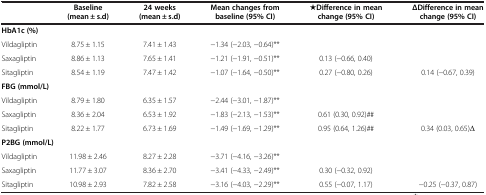
<table><thead><tr><td><b> </b></td><td><b>Baseline (mean ± s.d)</b></td><td><b>24 weeks (mean ± s.d)</b></td><td><b>Mean changes from baseline (95% CI)</b></td><td><b>★Difference in mean change (95% CI)</b></td><td><b>ΔDifference in mean change (95% CI)</b></td></tr></thead><tbody><tr><td colspan="6"><b>HbA1c (%)</b></td></tr><tr><td>Vildagliptin</td><td>8.75 ± 1.15</td><td>7.41 ± 1.43</td><td>-1.34 (-2.03, -0.64)**</td><td> </td><td> </td></tr><tr><td>Saxagliptin</td><td>8.86 ± 1.13</td><td>7.65 ± 1.41</td><td>-1.21 (-1.91, -0.51)**</td><td>0.13 (-0.66, 0.40)</td><td> </td></tr><tr><td>Sitagliptin</td><td>8.54 ± 1.19</td><td>7.47 ± 1.42</td><td>-1.07 (-1.64, -0.50)**</td><td>0.27 (-0.80, 0.26)</td><td>0.14 (-0.67, 0.39)</td></tr><tr><td colspan="6"><b>FBG (mmol/L)</b></td></tr><tr><td>Vildagliptin</td><td>8.79 ± 1.80</td><td>6.35 ± 1.57</td><td>-2.44 (-3.01, -1.87)**</td><td> </td><td> </td></tr><tr><td>Saxagliptin</td><td>8.36 ± 2.04</td><td>6.53 ± 1.92</td><td>-1.83 (-2.13, -1.53)**</td><td>0.61 (0.30, 0.92)##</td><td> </td></tr><tr><td>Sitagliptin</td><td>8.22 ± 1.77</td><td>6.73 ± 1.69</td><td>-1.49 (-1.69, -1.29)**</td><td>0.95 (0.64, 1.26)##</td><td>0.34 (0.03, 0.65)Δ</td></tr><tr><td colspan="6"><b>P2BG (mmol/L)</b></td></tr><tr><td>Vildagliptin</td><td>11.98 ± 2.46</td><td>8.27 ± 2.28</td><td>-3.71 (-4.16, -3.26)**</td><td> </td><td> </td></tr><tr><td>Saxagliptin</td><td>11.77 ± 3.07</td><td>8.36 ± 2.70</td><td>-3.41 (-4.33, -2.49)**</td><td>0.30 (-0.32, 0.92)</td><td> </td></tr><tr><td>Sitagliptin</td><td>10.98 ± 2.93</td><td>7.82 ± 2.58</td><td>-3.16 (-4.03, -2.29)**</td><td>0.55 (-0.07, 1.17)</td><td>-0.25 (-0.37, 0.87)</td></tr></tbody></table>